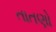
તાતણો